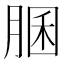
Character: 䐃